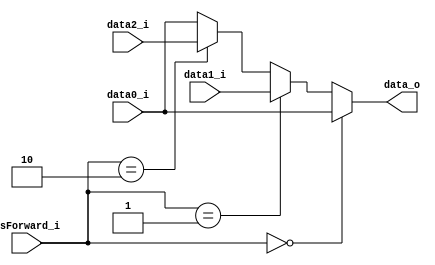
module MUX_Forward (
	input [31:0] data0_i,
	input [31:0] data1_i,
	input [31:0] data2_i,
	input [1:0] IsForward_i,
	output [31:0] data_o
);

assign data_o = (
	(IsForward_i == 2'b00)? data0_i :
	(IsForward_i == 2'b01)? data1_i :
	(IsForward_i == 2'b10)? data2_i :
	data0_i
);

endmodule